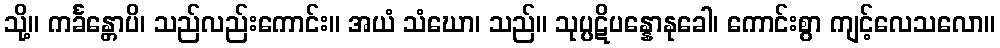
သို့။ ကင်္ခန္တောပိ၊ သည်လည်းကောင်း။ အယံ သံဃော၊ သည်။ သုပ္ပဋိပန္နောနုခေါ၊ ကောင်းစွာ ကျင့်လေသလော။